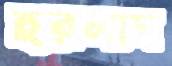
হরলাম